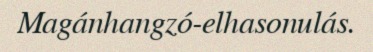
Magánhangzó-elhasonulás.